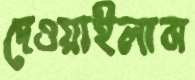
দেওয়াইলাম